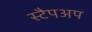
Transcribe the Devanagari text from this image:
स्टैपअप